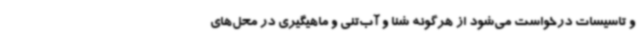
و تاسیسات درخواست می‌شود از هرگونه شنا و آب‌تنی و ماهیگیری در محل‌های